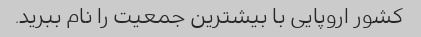
کشور اروپایی با بیشترین جمعیت را نام ببرید.